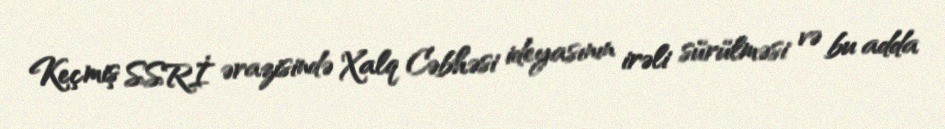
Keçmiş SSRİ ərazisində Xalq Cəbhəsi ideyasının irəli sürülməsi və bu adda